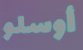
أوسلو